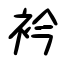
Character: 衿